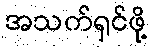
အသက်ရှင်ဖို့